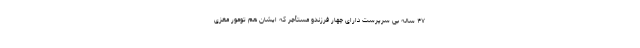
۴۷ ساله بی سرپرست دارای چهار فرزندو مستأجر که ایشان هم تومور مغزی